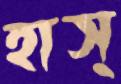
হাস্‌